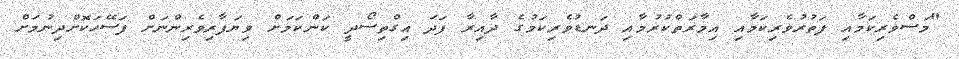
"މަސްވެރިކަމާއި ފަތުރުވެރިކަމާއި އިމާރަތްކުރުމާއި ދަނޑުވެރިކަމުގެ ދާއިރާ ފަދަ އިގްތިސޯދީ ކަންކަމަށް ވިޔަފާރިވެރިންނަށް ފަސޭހަކޮށްދިނުމަށް